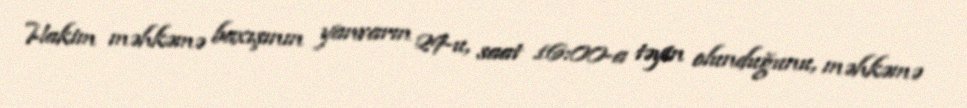
Hakim məhkəmə baxışının yanvarın 29-u, saat 16:00-a təyin olunduğunu, məhkəmə